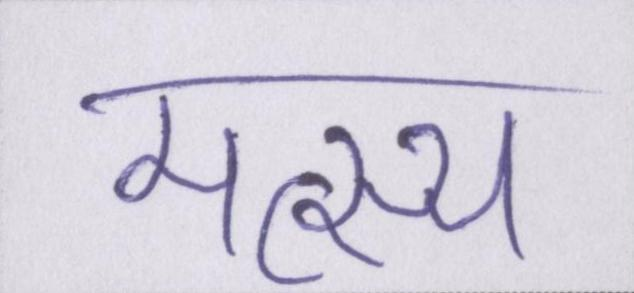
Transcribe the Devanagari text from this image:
मत्स्य